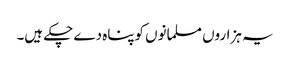
یہ ہزاروں مسلمانوں کوپناہ دے چکے ہیں۔